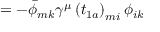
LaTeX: \qquad \qquad \qquad \qquad \qquad \qquad \qquad \qquad \qquad = - \bar { \phi } _ { m k } \gamma ^ { \mu } \left( t _ { 1 a } \right) _ { m i } \phi _ { i k }